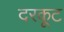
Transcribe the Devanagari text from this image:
दरकूट